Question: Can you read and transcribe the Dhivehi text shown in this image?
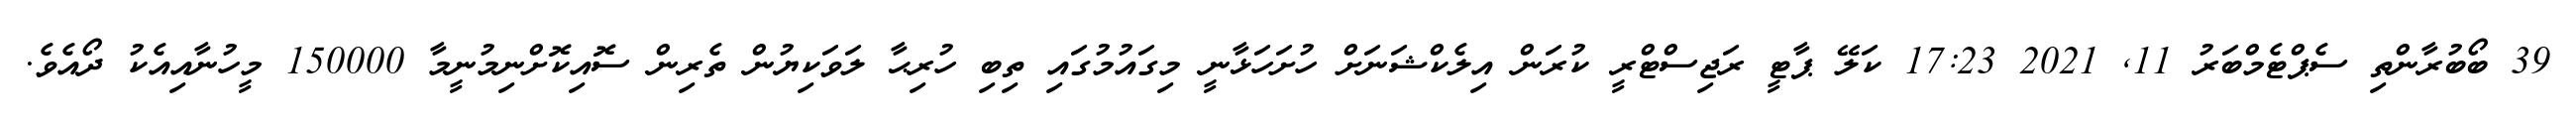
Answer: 39 ބޯބުރާންތި ސެޕްޓެމްބަރު 11, 2021 17:23 ކަލޭ ޕާޓީ ރަޖިސްޓްރީ ކުރަން އިލެކްޝަނަށް ހުށަހަޅާނީ މިގައުމުގައި ތިބި ހުރިޙާ ލަވަކިޔުން ތެރިން ސޮއިކޮށްނިމުނީމާ 150000 މީހުނާއިއެކު ދޯއެވެ.